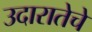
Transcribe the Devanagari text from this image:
उदारातेचे